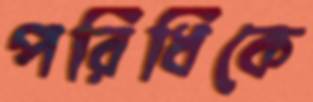
পরিধিকে